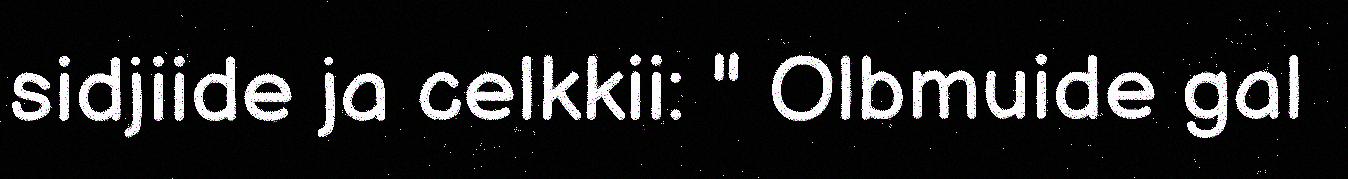
sidjiide ja celkkii: " Olbmuide gal